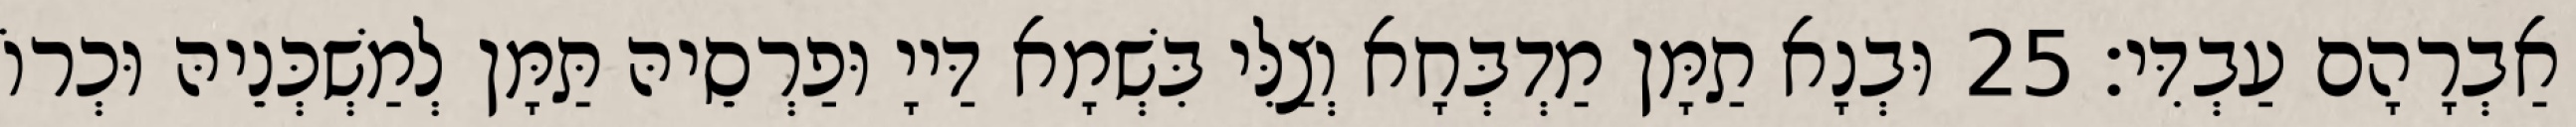
אַבְרָהָם עַבְדִּי׃ 25 וּבְנָא תַמָּן מַדְבְּחָא וְצַלִּי בִּשְׁמָא דַּייָ וּפַרְסֵיהּ תַּמָּן לְמַשְׁכְּנֵיהּ וּכְרוֹ